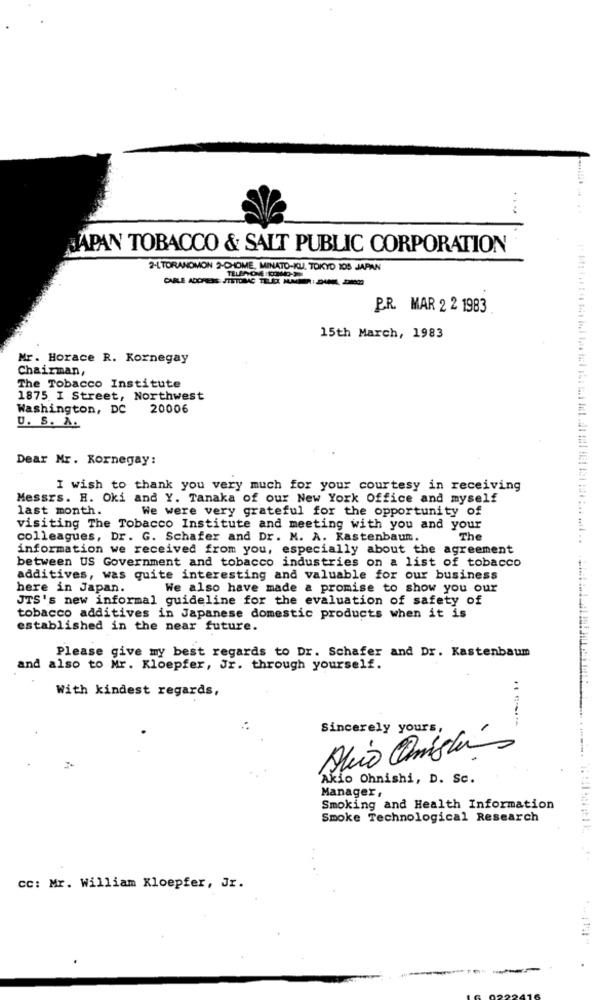
JAPAN TOBACCO & SALT PUBLIC CORPORATION
2-LTORANOMON 2-CHOME, MINATO-KU, TOKYO 105 JAPAN
CARLE ADCHESS JTETOBAC TELE
P.R. MAR 2 2 1983
15th March, 1983
Mr. Horace R. Kornegay
Chairman,
The Tobacco Institute
1875 I Street, Northwest
Washington, DC
20006
U. S. A.
Dear Mr. Kornegay:
I wish to thank you very much for your courtesy in receiving
Messrs. H. Oki and Y. Tanaka of our New York Office and myself
last month.
We were very grateful for the opportunity of
visiting The Tobacco Institute and meeting with you and your
colleagues, Dr. G. Schafer and Dr. M. A. Kastenbaum.
The
information we received from you, especially about the agreement
between US Government and tobacco industries on a list of tobacco
additives, was quite interesting and valuable for our business
here in Japan.
We also have made a promise to show you our
JTS's new informal guideline for the evaluation of safety of
tobacco additives in Japanese domestic products when it is
established in the near future.
Please give my best regards to Dr. Schafer and Dr. Kastenbaum
and also to Mr. Kloepfer, Jr. through yourself.
With kindest regards,
Sincerely yours
Alio Omista
Akio Ohnishi, D. Sc.
Manager,
Smoking and Health Information
Smoke Technological Research
CC: Mr. William Kloepfer, Jr.